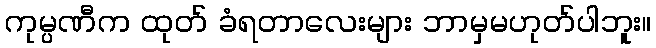
ကုမ္ပဏီက ထုတ် ခံရတာလေးများ ဘာမှမဟုတ်ပါဘူး။